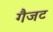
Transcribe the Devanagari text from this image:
गैजट